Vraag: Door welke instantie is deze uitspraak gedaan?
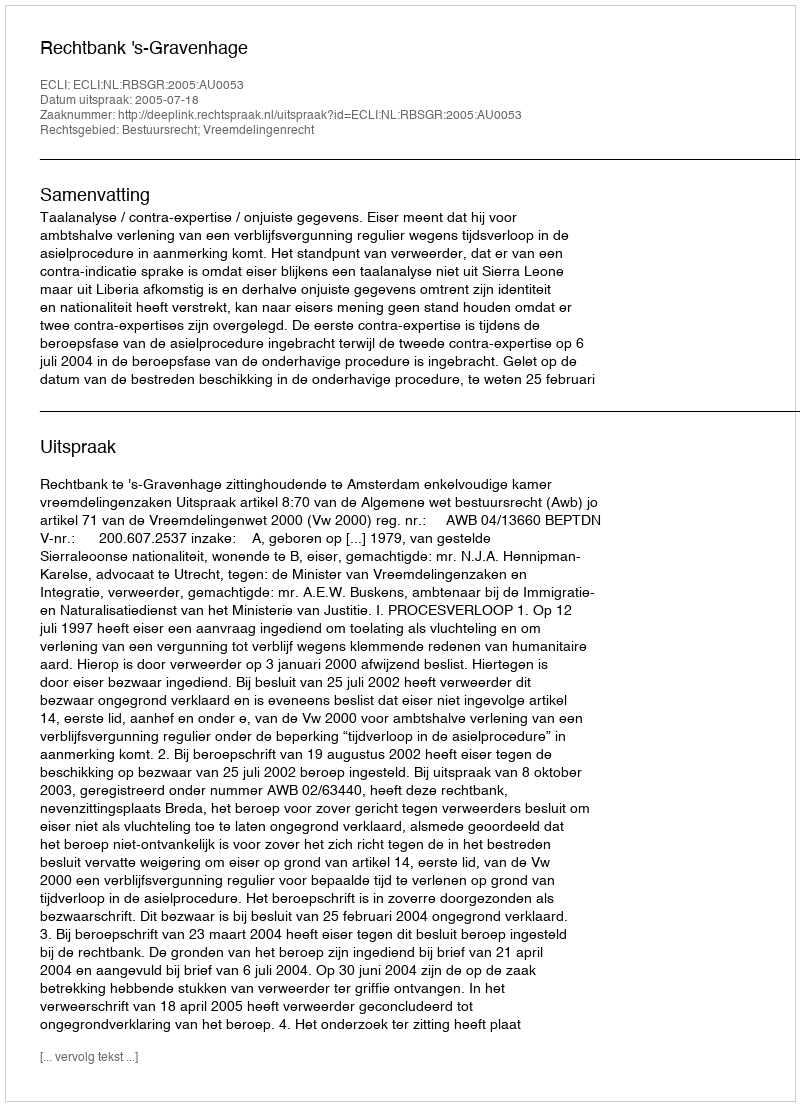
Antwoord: Rechtbank 's-Gravenhage